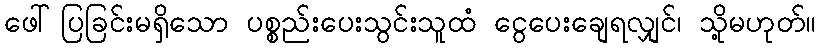
ဖေါ်ပြခြင်းမရှိသော ပစ္စည်းပေးသွင်းသူထံ ငွေပေးချေရလျှင်၊ သို့မဟုတ်။